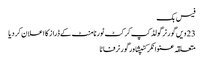
فیس بک
23 ویں گورنر گولڈ کپ کرکٹ ٹورنامنٹ کے ڈراز کا اعلان کر دیا
متعلقہ عنوانکرکٹپشاورگورنرفاٹا